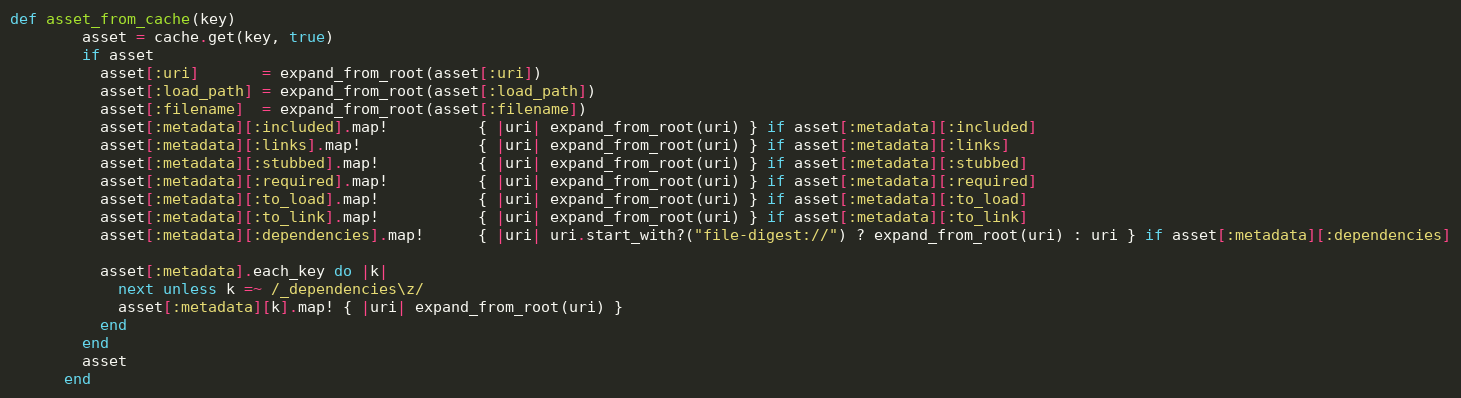
Language: Ruby
def asset_from_cache(key)
        asset = cache.get(key, true)
        if asset
          asset[:uri]       = expand_from_root(asset[:uri])
          asset[:load_path] = expand_from_root(asset[:load_path])
          asset[:filename]  = expand_from_root(asset[:filename])
          asset[:metadata][:included].map!          { |uri| expand_from_root(uri) } if asset[:metadata][:included]
          asset[:metadata][:links].map!             { |uri| expand_from_root(uri) } if asset[:metadata][:links]
          asset[:metadata][:stubbed].map!           { |uri| expand_from_root(uri) } if asset[:metadata][:stubbed]
          asset[:metadata][:required].map!          { |uri| expand_from_root(uri) } if asset[:metadata][:required]
          asset[:metadata][:to_load].map!           { |uri| expand_from_root(uri) } if asset[:metadata][:to_load]
          asset[:metadata][:to_link].map!           { |uri| expand_from_root(uri) } if asset[:metadata][:to_link]
          asset[:metadata][:dependencies].map!      { |uri| uri.start_with?("file-digest://") ? expand_from_root(uri) : uri } if asset[:metadata][:dependencies]

          asset[:metadata].each_key do |k|
            next unless k =~ /_dependencies\z/
            asset[:metadata][k].map! { |uri| expand_from_root(uri) }
          end
        end
        asset
      end